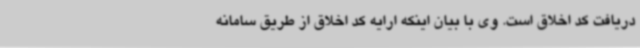
دریافت کد اخلاق است. وی با بیان اینکه ارایه کد اخلاق از طریق سامانه